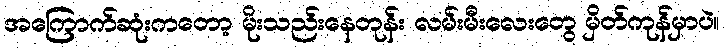
အကြောက်ဆုံးကတော့ မိုးသည်းနေတုန်း လမ်းမီးလေးတွေ မှိတ်ကုန်မှာပဲ။